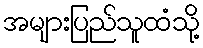
အများပြည်သူထံသို့